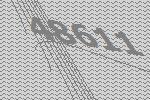
48611